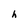
Character: h